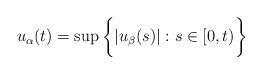
LaTeX: \begin{align*}u_\alpha(t) = \sup \bigg\{ |u_\beta(s)| : s \in [0,t) \bigg\}\end{align*}